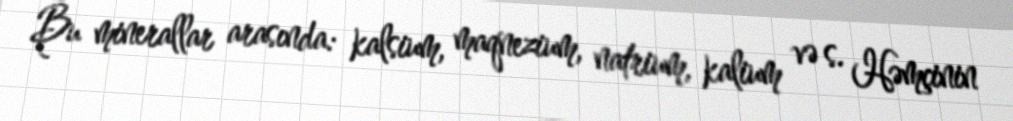
Bu minerallar arasında: kalsium, maqnezium, natrium, kalium və s. Həmçinin